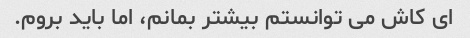
ای کاش می توانستم بیشتر بمانم، اما باید بروم.